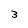
Character: 3